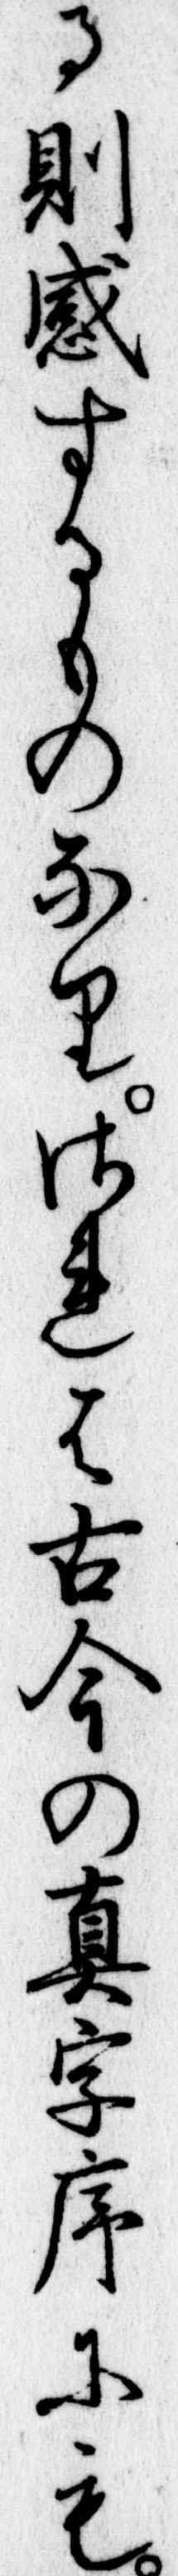
る則感するものなりされは古今の真字序にも